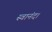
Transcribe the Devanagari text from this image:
स्वानंद।